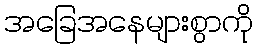
အခြေအနေများစွာကို